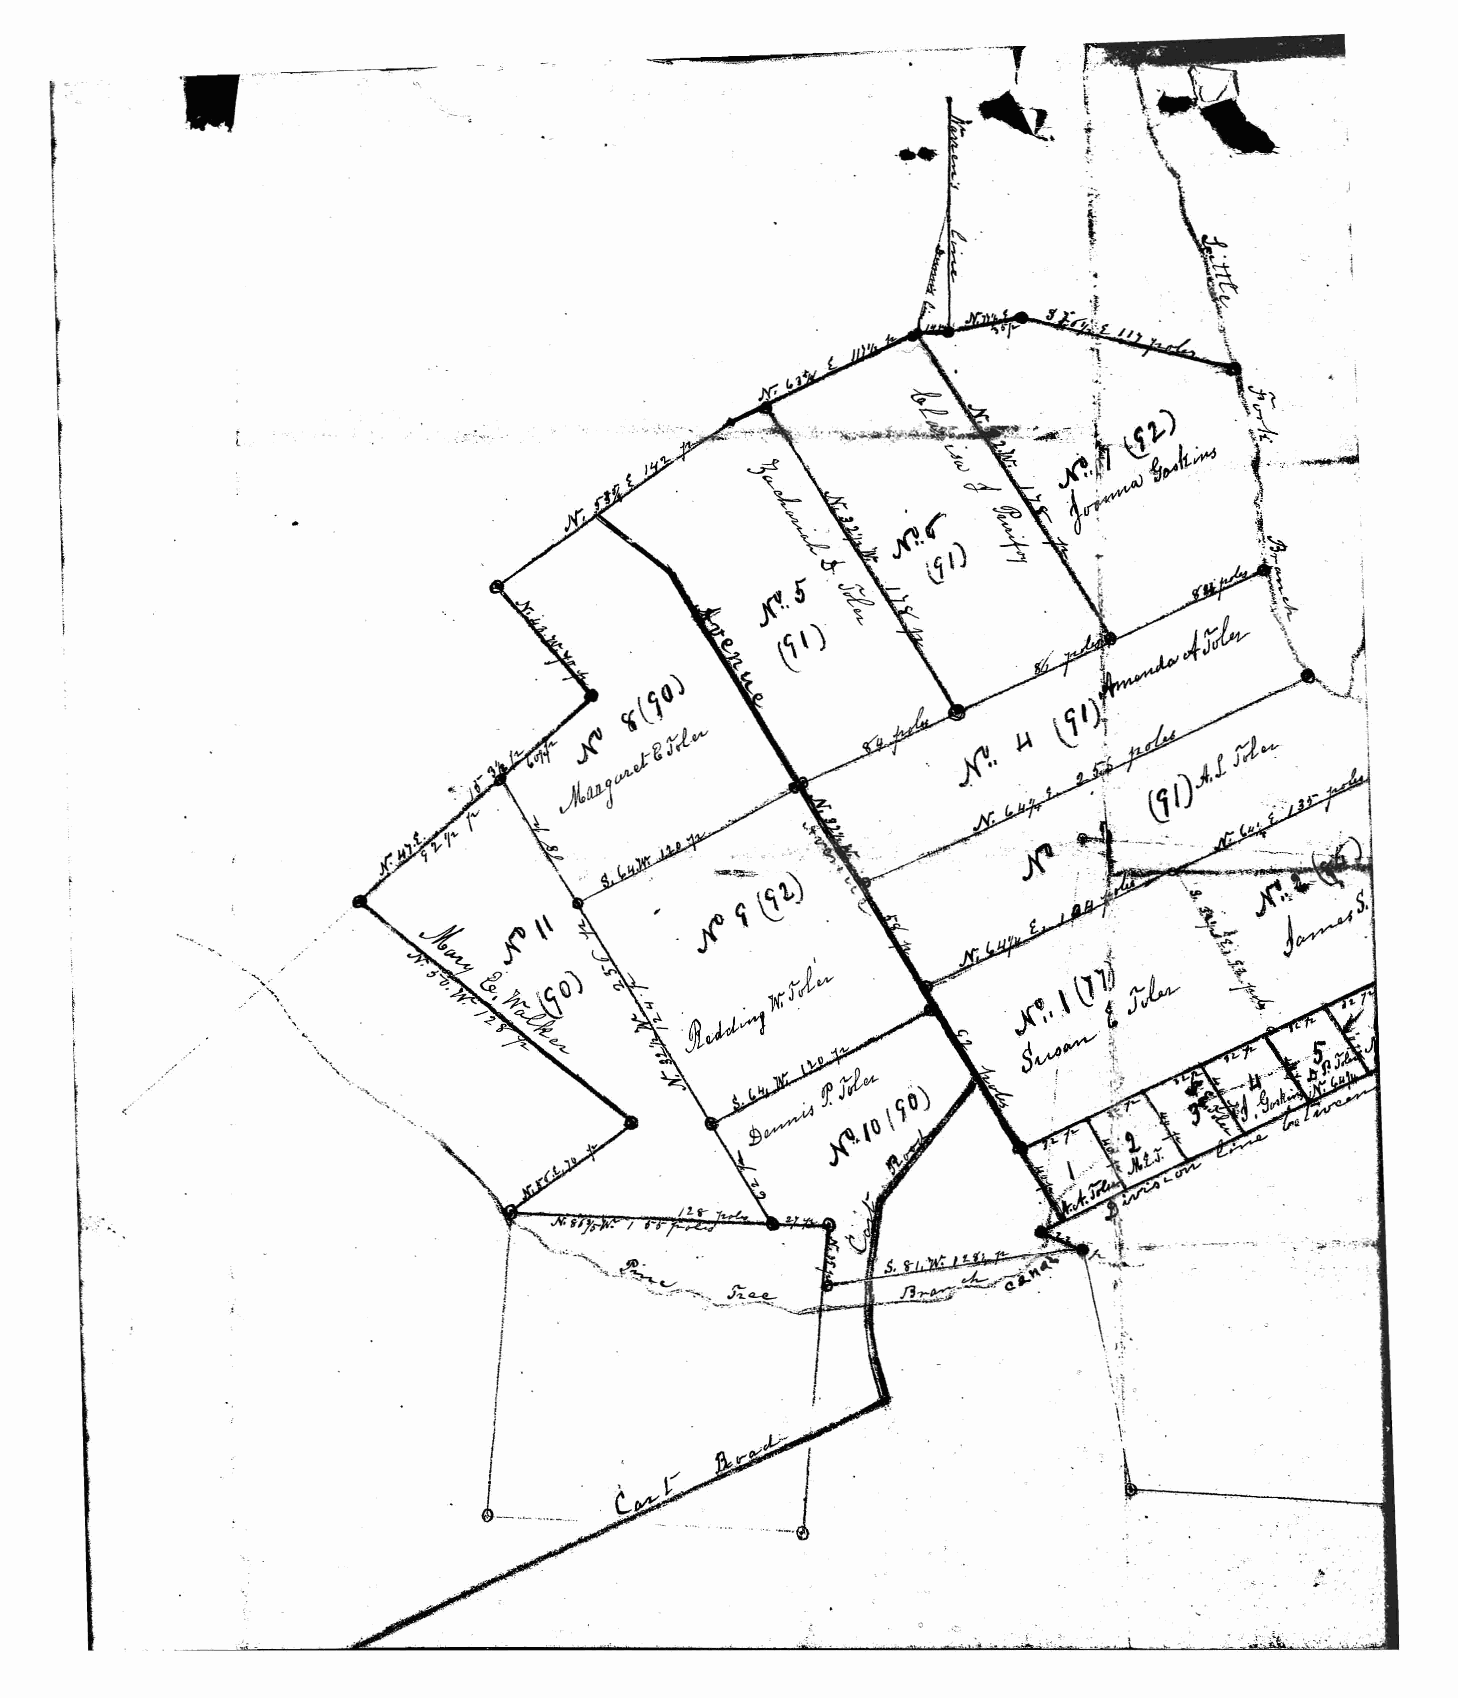
. \j
 ...........
 I            " ..
 I
 I
 \ ....
 I I\
 . '
 .' . ' /    '\ -'. ......
 -.......;. .
 .~.                ....
 ... ..
 '
 >,­ .:.
 "';jJ -~"' •..;
 .'
 ...
 ~
 ~.~. , '
 o .;'"".
 • .1 ,_.~~.